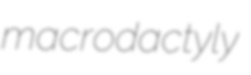
macrodactyly